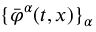
\{ \bar { \varphi } ^ { \alpha } ( t , x ) \} _ { \alpha }